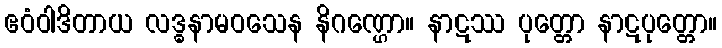
ဧဝံဝါဒိတာယ လဒ္ဓနာမဝသေန နိဂဏ္ဌော။ နာဋဿ ပုတ္တော နာဋပုတ္တော။